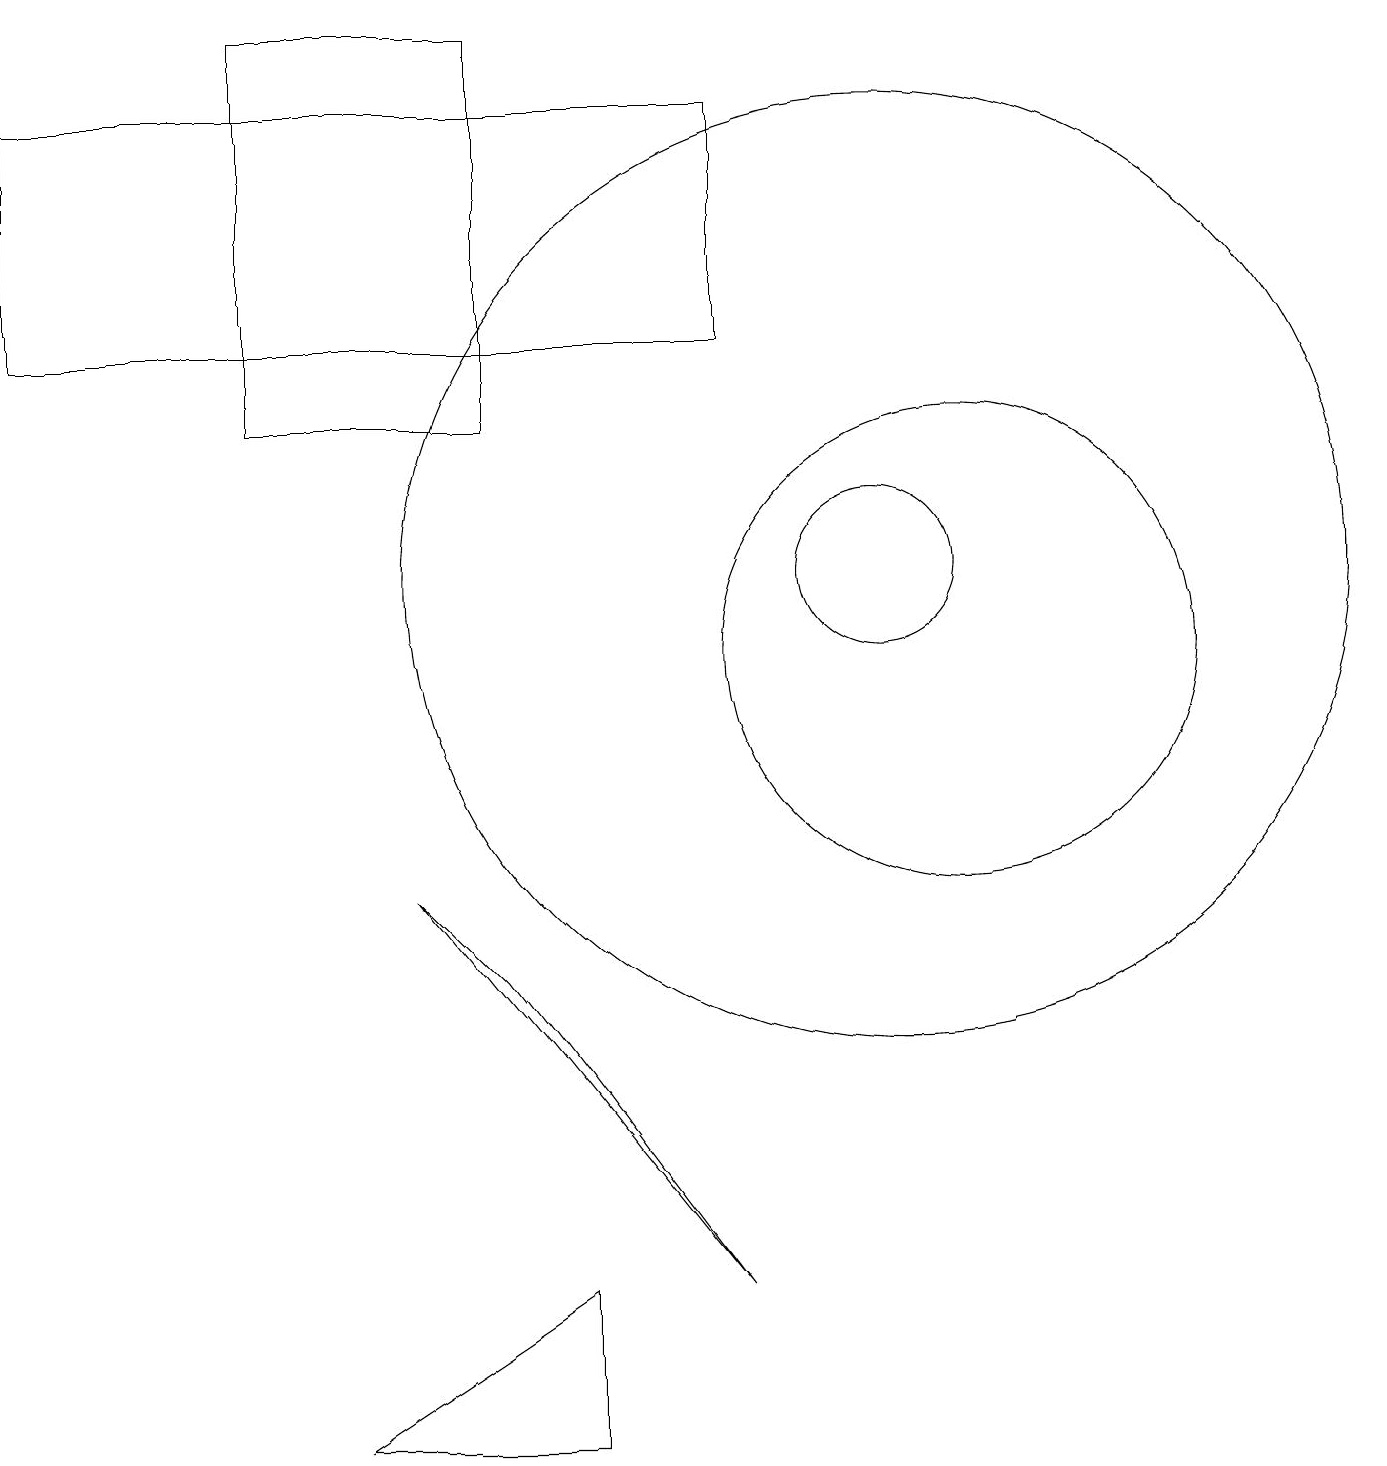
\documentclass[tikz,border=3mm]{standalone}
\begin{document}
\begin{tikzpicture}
\draw (12,10) circle (3);
\draw (5,7) -- (6,6) -- (9,2) -- cycle;
\draw (4,0) -- (7,2) -- (7,0) -- cycle;
\draw (3,18) rectangle (6,13);
\draw (11,11) circle (1);
\draw (11,11) circle (6);
\draw (9,14) rectangle (0,17);
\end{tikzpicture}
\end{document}